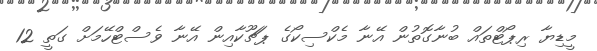
މީޑިޔާ ރިޕޯޓްތައް ބުނާގޮތުން އޭނާ މެކްސިކޯގެ ޕަޗޫކާއިން އޭނާ ވެސްޓްހޭމަށް ގަތީ 12